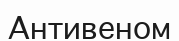
Антивеном